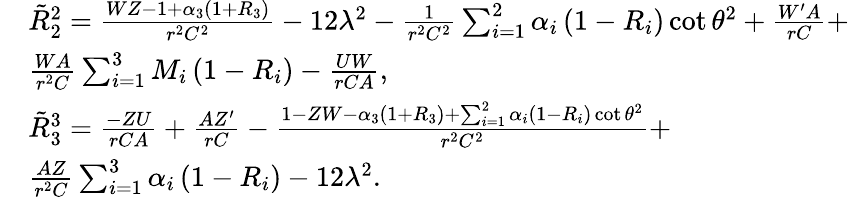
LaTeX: \begin{array}{rl}&{\tilde{R}_{2}^{2}=\frac{WZ-1+\alpha_{3}\left(1+R_{3}\right)}{r^{2}C^{2}}-12\lambda^{2}-\frac{1}{r^{2}C^{2}}\sum_{i=1}^{2}\alpha_{i}\left(1-R_{i}\right)\cot\theta^{2}+\frac{W^{\prime}A}{rC}+}\\ &{\frac{WA}{r^{2}C}\sum_{i=1}^{3}M_{i}\left(1-R_{i}\right)-\frac{UW}{rCA},}\\ &{\tilde{R}_{3}^{3}=\frac{-ZU}{rCA}+\frac{AZ^{\prime}}{rC}-\frac{1-ZW-\alpha_{3}\left(1+R_{3}\right)+\sum_{i=1}^{2}\alpha_{i}\left(1-R_{i}\right)\cot\theta^{2}}{r^{2}C^{2}}+}\\ &{\frac{AZ}{r^{2}C}\sum_{i=1}^{3}\alpha_{i}\left(1-R_{i}\right)-12\lambda^{2}.}\end{array}